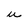
Character: u